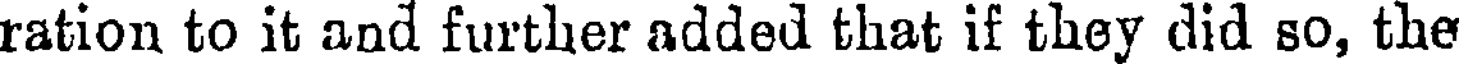
ration to it and further added that if they did so, the